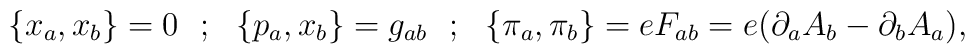
\{x_a,x_b\}=0~~;~~\{p_a,x_b\}=g_{ab}~~;~~\{\pi _a,\pi _b\}=eF_{ab}=e(\partial _aA_b-\partial _bA_a),